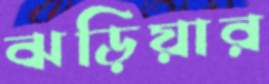
ঝড়িয়ার